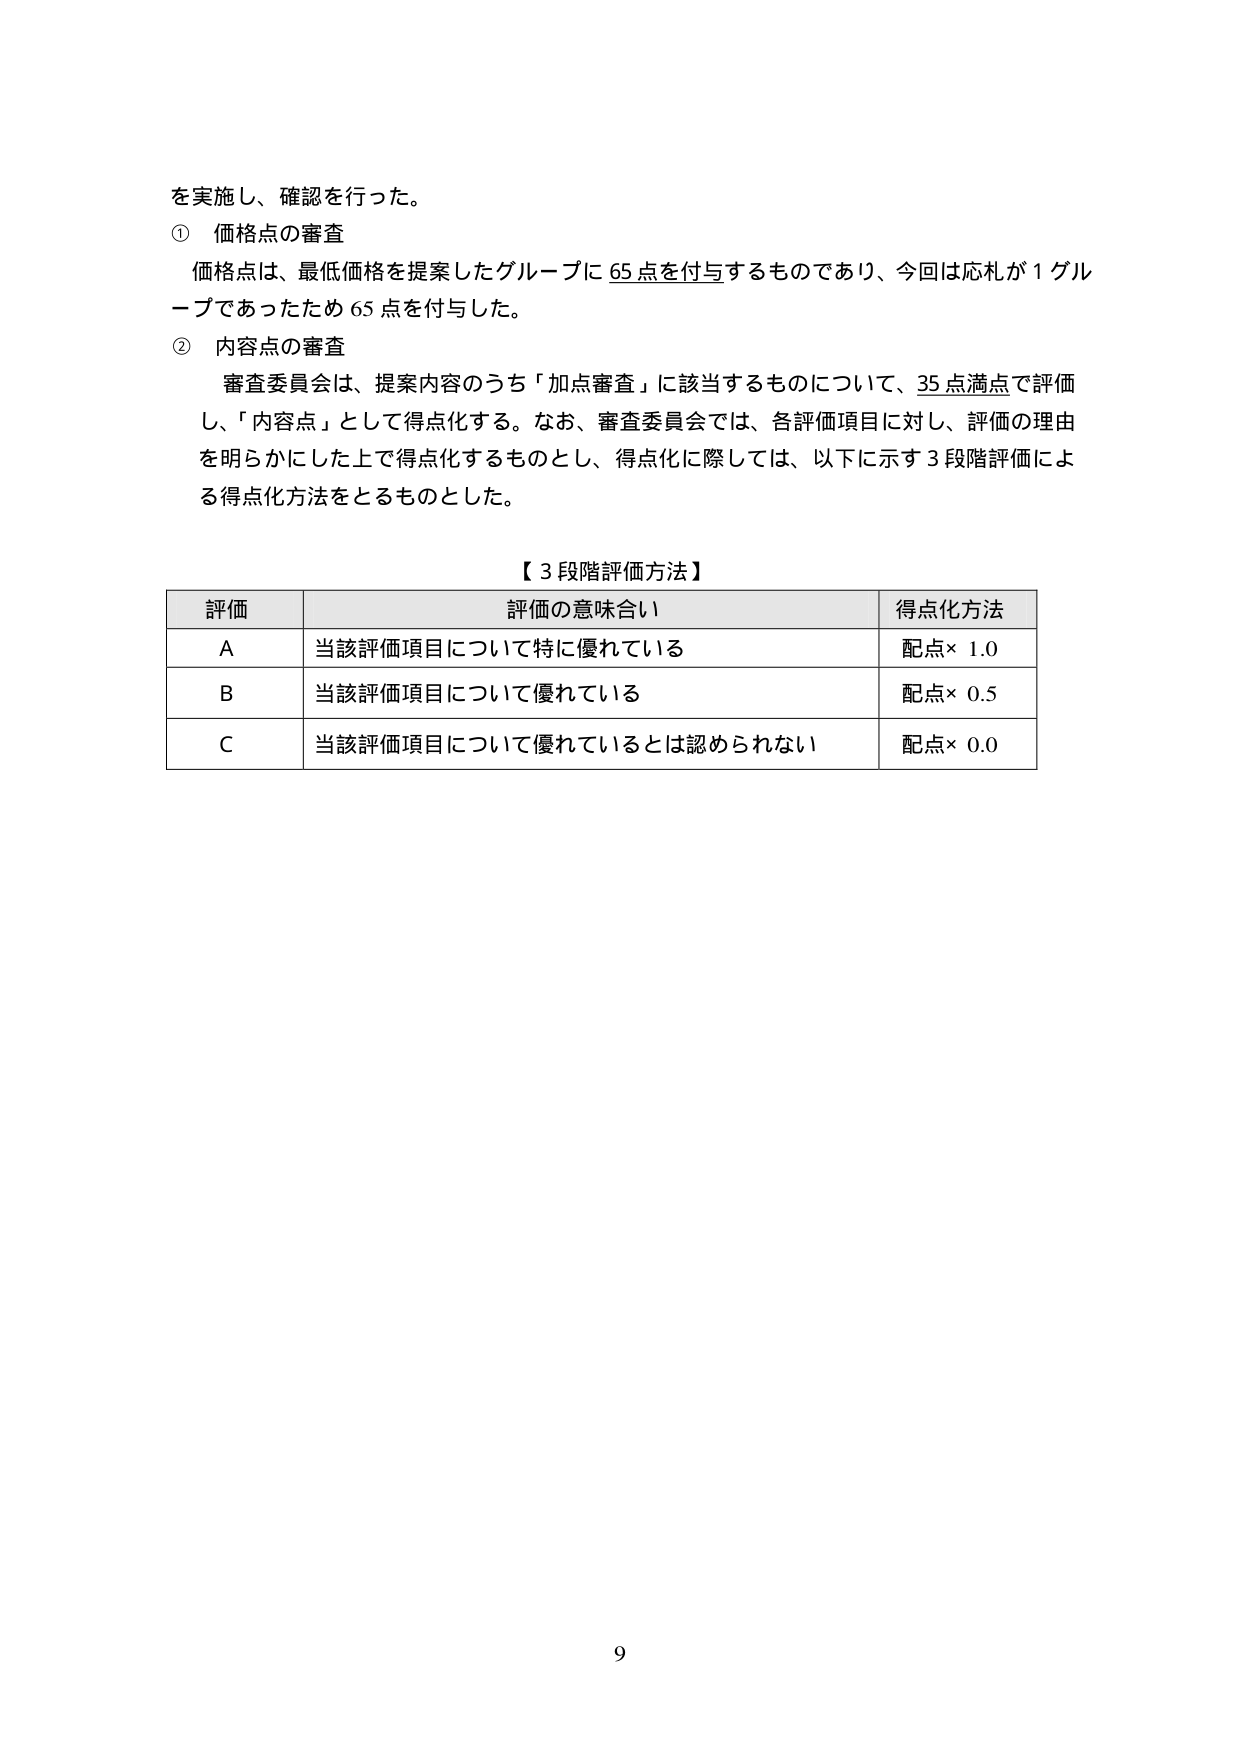
を実施し、確認を行った。

① 価格点の審査
価格点は、最低価格を提案したグループに65点を付与するものであり、今回は応札が1グループであったため65点を付与した。

② 内容点の審査
審査委員会は、提案内容のうち「加点審査」に該当するものについて、35点満点で評価し、「内容点」として得点化する。なお、審査委員会では、各評価項目に対し、評価の理由を明らかにした上で得点化するものとし、得点化に際しては、以下に示す3段階評価による得点化方法をとるものとした。

【3段階評価方法】
評価	評価の意味合い	得点化方法
A	当該評価項目について特に優れている	配点×1.0
B	当該評価項目について優れている	配点×0.5
C	当該評価項目について優れているとは認められない	配点×0.0

9